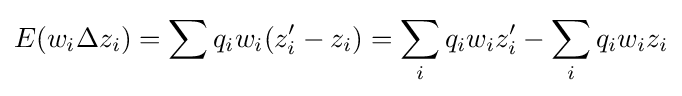
E(w_{i}\Delta z_{i})=\sum q_{i}w_{i}(z_{i}'-z_{i})=\sum _{i}q_{i}w_{i}z_{i}'-\sum _{i}q_{i}w_{i}z_{i}